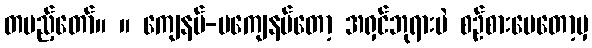
တပည့်တော်။ ။ ကျေနပ်-မကျေနပ်တော့ အရှင်ဘုရားပဲ စဉ်စားပေတော့မှ